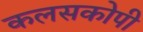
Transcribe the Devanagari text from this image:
कलसकोपी